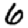
Digit: 6